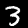
Label: 3